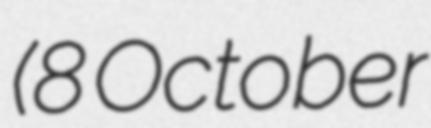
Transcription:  (8 October